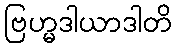
ဗြဟ္မဒါယာဒါတိ